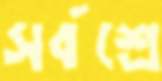
সর্বশ্রে